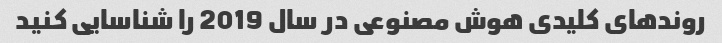
روندهای کلیدی هوش مصنوعی در سال 2019 را شناسایی کنید